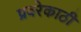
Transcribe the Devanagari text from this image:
प्रवरेकाठी